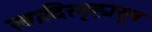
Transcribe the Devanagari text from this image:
खादिरगृह्यसूत्र